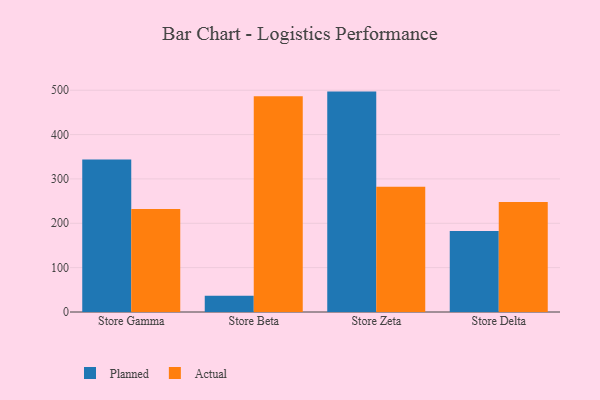
{"axis": {"x": "Store", "y": "Website Visitors"}, "legend": ["Actual", "Planned"], "data": [{"x": "Store Gamma", "y": 344.0, "type": "Planned"}, {"x": "Store Gamma", "y": 232.3, "type": "Actual"}, {"x": "Store Beta", "y": 36.8, "type": "Planned"}, {"x": "Store Beta", "y": 486.2, "type": "Actual"}, {"x": "Store Zeta", "y": 496.9, "type": "Planned"}, {"x": "Store Zeta", "y": 282.2, "type": "Actual"}, {"x": "Store Delta", "y": 182.6, "type": "Planned"}, {"x": "Store Delta", "y": 248.1, "type": "Actual"}]}